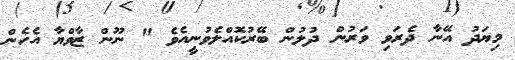
މިޔަދު އޭނާ ދެރަވި ވަރުން ދުލުން ބޭރުކޮއްލެވުނީއެވެ " ނޫން ޒާވްޔާ އެހެން